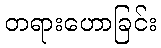
တရားဟောခြင်း